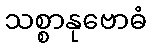
သစ္စာနုဗောဓံ